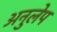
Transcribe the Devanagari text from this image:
अनुलेप